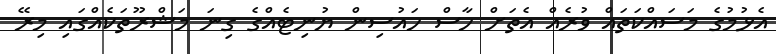
އެޅުމުގެ މަސައްކަތައް ވުރެއް އެތަށް ހާސް ހައުސިން ޔުނިޓެއްގެ ގިނަ މަޝްރޫތަކެއްގައި މިރޭ